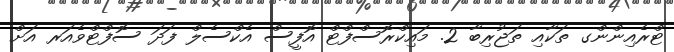
ޓްރެއިންންގ ތަކާއި ތަޖުރިބާ 2. މައިކްރޮސްފްޓް އޮފީސް އެކްސެލް ފަދަ ސޮފްޓްވެއަރ އަށް